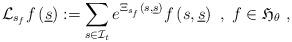
LaTeX: \begin{align*}\mathcal{L}_{s_{f}}f\left( \underline{s}\right) :=\sum_{s\in\mathcal{I}_{t}}e^{\Xi_{s_{f}}\left( s,\underline{s}\right) }f\left( s,\underline{s}\right) \ ,\;f\in\mathfrak{H}_{\theta}\ , \end{align*}